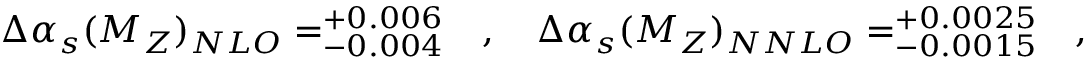
\Delta \alpha _ { s } ( M _ { Z } ) _ { N L O } = _ { - 0 . 0 0 4 } ^ { + 0 . 0 0 6 } ~ ~ ~ , ~ ~ ~ \Delta \alpha _ { s } ( M _ { Z } ) _ { N N L O } = _ { - 0 . 0 0 1 5 } ^ { + 0 . 0 0 2 5 } ~ ~ ~ ,